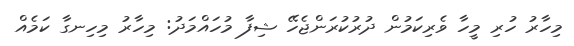
މިހާރު ހުރި މީހާ ވެރިކަމުން ދުރުކުރަންޖެހޭ ޝިފާ މުހައްމަދު: މިހާރު މިހިނގާ ކަމެއް